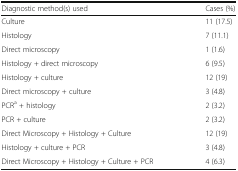
| Diagnostic method(s) used | Cases (%) |
 | --- | --- |
 | Culture | 11 (17.5) |
 | Histology | 7 (11.1) |
 | Direct microscopy | 1 (1.6) |
 | Histology + direct microscopy | 6 (9.5) |
 | Histology + culture | 12 (19) |
 | Direct microscopy + culture | 3 (4.8) |
 | PCRa + histology | 2 (3.2) |
 | PCR + culture | 2 (3.2) |
 | Direct Microscopy + Histology + Culture | 12 (19) |
 | Histology + culture + PCR | 3 (4.8) |
 | Direct Microscopy + Histology + Culture + PCR | 4 (6.3) |